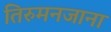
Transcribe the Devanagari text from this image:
तिरुमनजाना